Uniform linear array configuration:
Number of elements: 24
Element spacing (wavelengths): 0.5
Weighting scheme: hamming
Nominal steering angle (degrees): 30
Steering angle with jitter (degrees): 29.034
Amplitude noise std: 0.05
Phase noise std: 0.05

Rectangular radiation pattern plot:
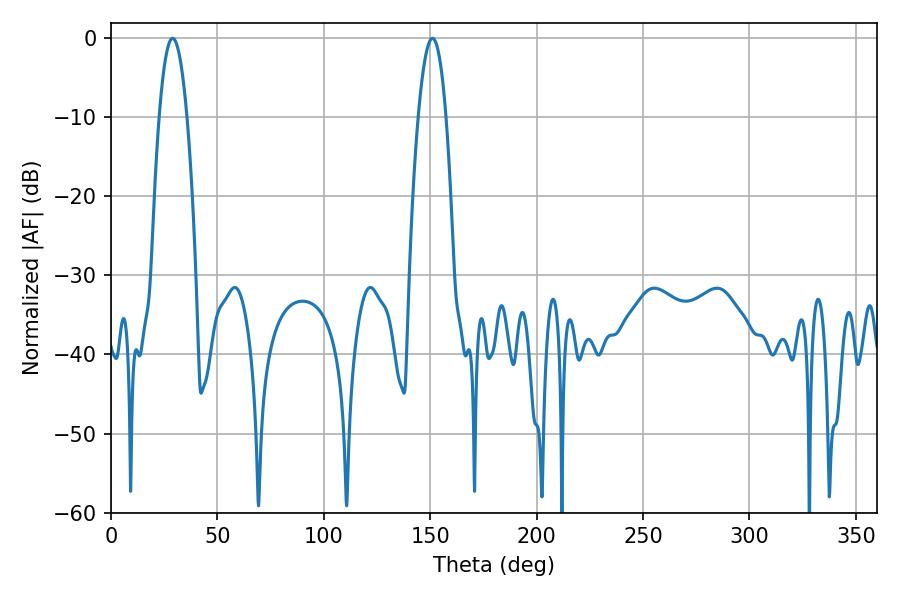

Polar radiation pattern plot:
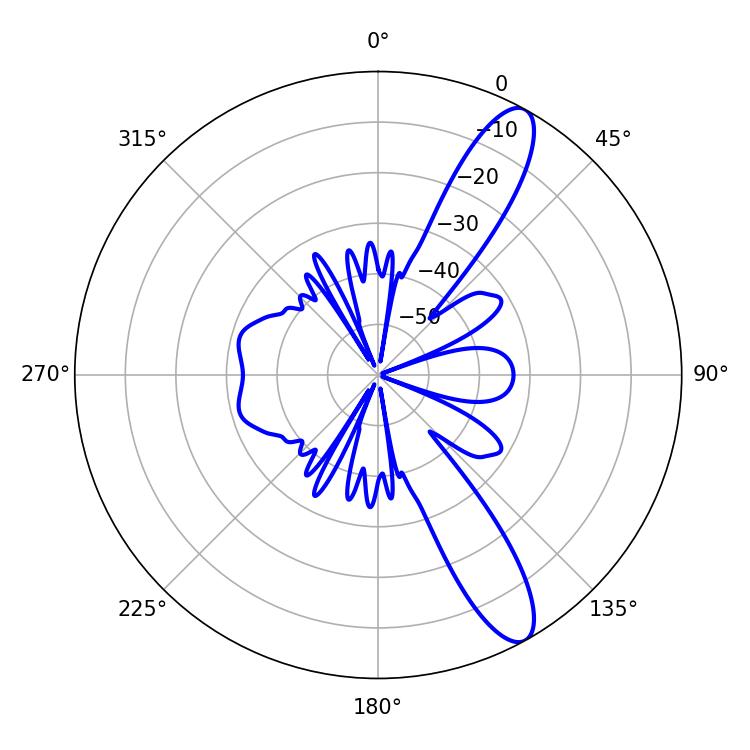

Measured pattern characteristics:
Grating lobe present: FALSE
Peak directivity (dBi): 11.837
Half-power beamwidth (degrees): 7.2
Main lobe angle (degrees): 28.98